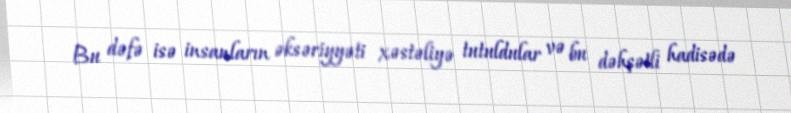
Bu dəfə isə insanların əksəriyyəti xəstəliyə tutuldular və bu dəhşətli hadisədə